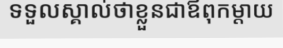
ទទួលស្គាល់ថាខ្លួនជាឪពុកម្តាយ